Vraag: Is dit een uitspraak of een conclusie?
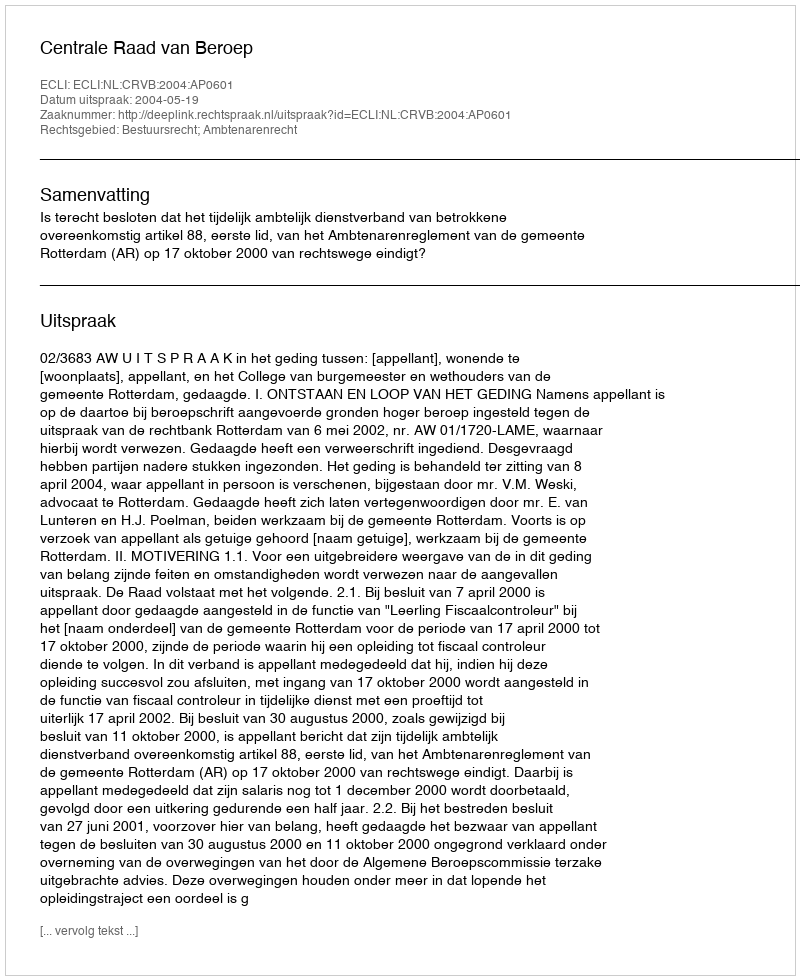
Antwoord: Uitspraak